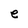
Character: e